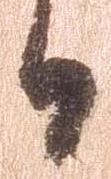
日